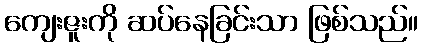
ကျေးဇူးကို ဆပ်နေခြင်းသာ ဖြစ်သည်။